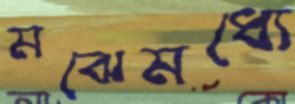
মঝেমধ্যে